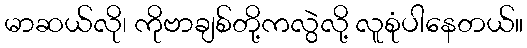
မာဆယ်လို၊ ကိုဗာချစ်တို့ကလွဲလို့ လူစုံပါနေတယ်။